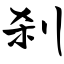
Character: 刹